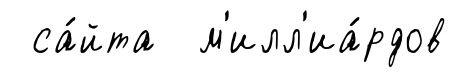
са́йта м'илл'иа́рдов